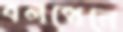
বলপেনে